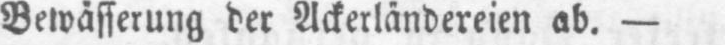
Bewässerung der Ackerländereien ab. -